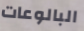
البالوعات